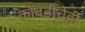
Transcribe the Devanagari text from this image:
कोंबडीचेही